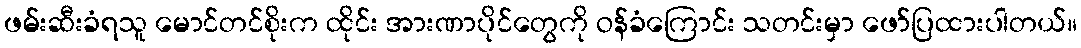
ဖမ်းဆီးခံရသူ မောင်တင်စိုးက ထိုင်း အားဏာပိုင်တွေကို ဝန်ခံကြောင်း သတင်းမှာ ဖော်ပြထားပါတယ်။